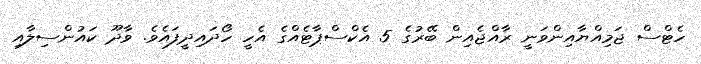
ހެޓްސް ޖަމިއްޔާއިންވަނީ ރާއްޖެއިން ބޭރުގެ 5 އެކްސްޕާޓެއްގެ އެހީ ހޯދައިދީފައެވެ. ވާދޫ ކައުންސިލާއި